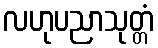
လဟုပညာသုတ္တံ